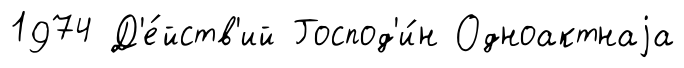
1974 Д'е́йств'ий Господ'и́н Одноактнаjа